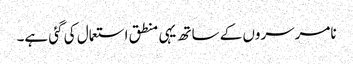
نامرسروں کے ساتھ یہی منطق استعمال کی گئی ہے۔